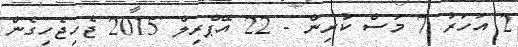
2 އަހަރު 7 މަސް ކުރިން - 22 އޭޕްރިލް 2015 ޖެހިޖެހިގެން